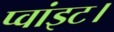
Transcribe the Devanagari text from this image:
प्‍वांइट।